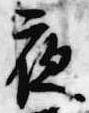
夜